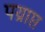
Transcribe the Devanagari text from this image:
पय्राप्त